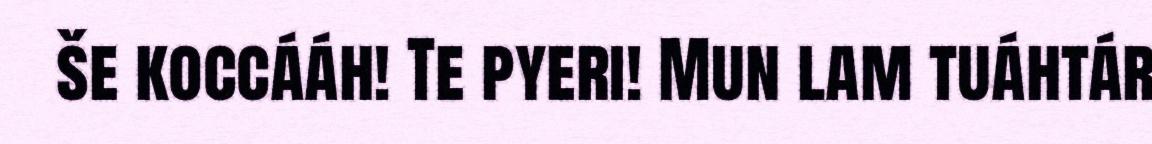
še koccááh! Te pyeri! Mun lam tuáhtár